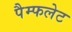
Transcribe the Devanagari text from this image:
पैम्‍फलेट